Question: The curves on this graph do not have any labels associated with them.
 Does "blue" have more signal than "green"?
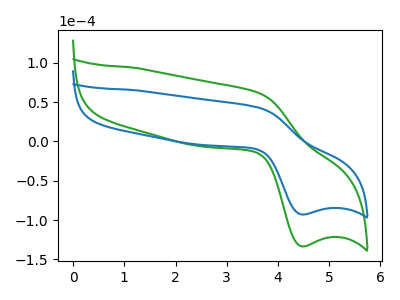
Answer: <think>The green curve "green" has an anodic peak at (3.60V, 61.80uA) and a cathodic peak at (4.45V, -133.35uA). The blue curve "blue" has an anodic peak at (3.60V, 43.05uA) and a cathodic peak at (4.45V, -92.85uA).
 All the peaks in "blue" have a peak in "green" at the same potential. Every peak in "blue" is lower than every peak in "green".</think>
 <answer>"blue" has less signal than "green".</answer>
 <eval>less_signal</eval>